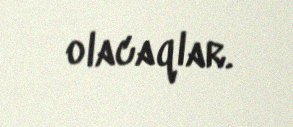
olacaqlar.